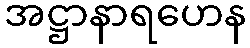
အဋ္ဌာနာရဟေန